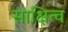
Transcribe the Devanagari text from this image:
साक्षित्व